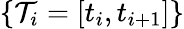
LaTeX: \{ \mathcal{T}_{i}=[t_{i},t_{i+1}]\}